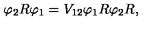
\varphi _ { 2 } R \varphi _ { 1 } = V _ { 1 2 } \varphi _ { 1 } R \varphi _ { 2 } R ,